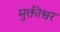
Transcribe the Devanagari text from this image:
मुक्तीश्वर